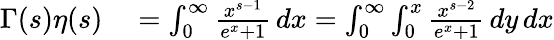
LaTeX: \begin{array}{rl}{\Gamma(s)\eta(s)}&{{}=\int_{0}^{\infty}{\frac{x^{s-1}}{e^{x}+1}}\, dx=\int_{0}^{\infty}\int_{0}^{x}{\frac{x^{s-2}}{e^{x}+1}}\, dy\, dx}\end{array}